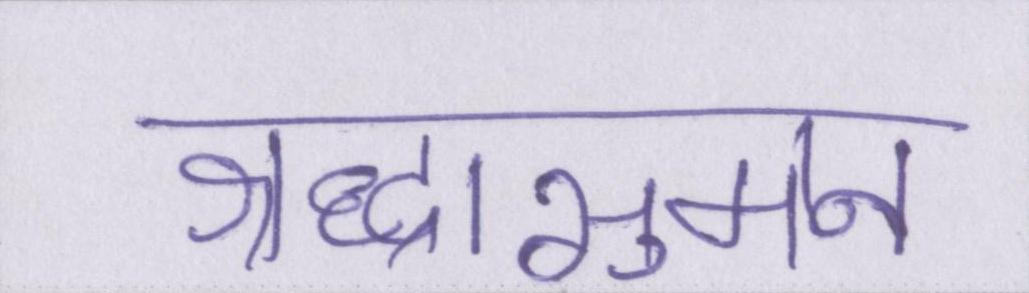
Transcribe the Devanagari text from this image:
श्रद्धासुमन